Vaccine operations Central Provinces 1886-1899 - 1886-1899
Year: 1886
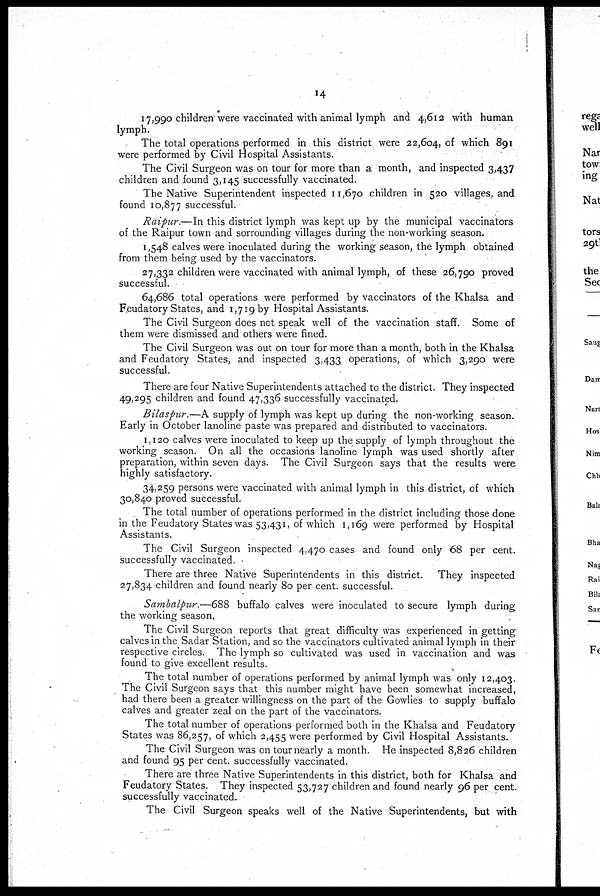
14
17,990 children were vaccinated with animal lymph and 4,612 with human
lymph.
The total operations performed in this district were 22,604, of which 891
were performed by Civil Hospital Assistants.
The Civil Surgeon was on tour for more than a month, and inspected 3,437
children and found 3,145 successfully vaccinated.
The Native Superintendent inspected 11,670 children in 520 villages, and
found 10,877 successful.
Raipur.—In this district lymph was kept up by the municipal vaccinators
of the Raipur town and sorrounding villages during the non-working season.
1,548 calves were inoculated during the working season, the lymph obtained
from them being used by the vaccinators.
27,332 children were vaccinated with animal lymph, of these 26,790 proved
successful.
64,686 total operations were performed by vaccinators of the Khalsa and
Feudatory States, and 1,719 by Hospital Assistants.
The Civil Surgeon does not speak well of the vaccination staff. Some of
them were dismissed and others were fined.
The Civil Surgeon was out on tour for more than a month, both in the Khalsa
and Feudatory States, and inspected 3,433 operations, of which 3,290 were
successful.
There are four Native Superintendents attached to the district. They inspected
49,295 children and found 47,336 successfully vaccinated.
Bilaspur.—A supply of lymph was kept up during the non-working season.
Early in October lanoline paste was prepared and distributed to vaccinators.
1,120 calves were inoculated to keep up the supply of lymph throughout the
working season. On all the occasions lanoline lymph was used shortly after
preparation, within seven days. The Civil Surgeon says that the results were
highly satisfactory.
34,259 persons were vaccinated with animal lymph in this district, of which
30,840 proved successful.
The total number of operations performed in the district including those done
in the Feudatory States was 53,431, of which 1,169 were performed by Hospital
Assistants.
The Civil Surgeon inspected 4,470 cases and found only 68 per cent.
successfully vaccinated.
There are three Native Superintendents in this district. They inspected
27,834 children and found nearly 80 per cent. successful.
Sambalpur.—688 buffalo calves were inoculated to secure lymph during
the working season.
The Civil Surgeon reports that great difficulty was experienced in getting
calves in the Sadar Station, and so the vaccinators cultivated animal lymph in their
respective circles. The lymph so cultivated was used in vaccination and was
found to give excellent results.
The total number of operations performed by animal lymph was only 12,403.
The Civil Surgeon says that this number might have been somewhat increased,
had there been a greater willingness on the part of the Gowlies to supply buffalo
calves and greater zeal on the part of the vaccinators.
The total number of operations performed both in the Khalsa and Feudatory
States was 86,257, of which 2,455 were performed by Civil Hospital Assistants.
The Civil Surgeon was on tour nearly a month. He inspected 8,826 children
and found 95 per cent. successfully vaccinated.
There are three Native Superintendents in this district, both for Khalsa and
Feudatory States. They inspected 53,727 children and found nearly 96 per cent.
successfully vaccinated.
The Civil Surgeon speaks well of the Native Superintendents, but with